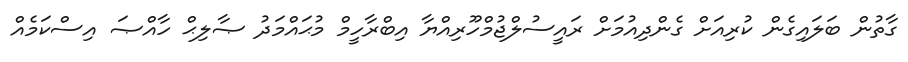
ގާތުން ބަލައިގެން ކުރިއަށް ގެންދިއުމަށް ރައީސުލްޖުމްހޫރިއްޔާ އިބްރާހީމް މުޙައްމަދު ޞާލިޙް ހާއްޞަ އިސްކަމެއް